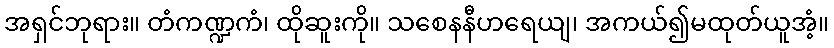
အရှင်ဘုရား။ တံကဏ္ဍကံ၊ ထိုဆူးကို။ သစေနနီဟရေယျ၊ အကယ်၍မထုတ်ယူအံ့။